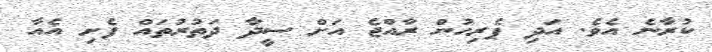
ކުރާނެ އެވެ. އަދި ޕެރިހުން ރާއްޖެ އަށް ސީދާ ދަތުރުތައް ފެށި އެއާ